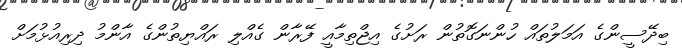
ބިދޭސީންގެ އަމަލުތައް ހުންނަގޮތުން ރަށުގެ އިޖްތިމާއީ ފޭރާން ގެއްލި ރައްޔިތުންގެ އާންމު ދިރިއުޅުމަށް